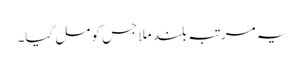
یہ مرتبہ بلند ملا جس کو مل گیا۔